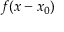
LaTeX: f ( x - x _ { 0 } )